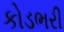
કોડભરી